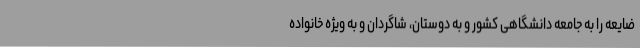
ضایعه را به جامعه دانشگاهی کشور و به دوستان، شاگردان و به ویژه خانواده